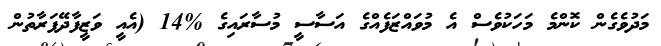
މަދުވެގެން ކޮންމެ މަހަކުވެސް އެ މުވައްޒަފެއްގެ އަސާސީ މުސާރައިގެ %14 (އެއީ ވަޒީފާދޭފަރާތުން